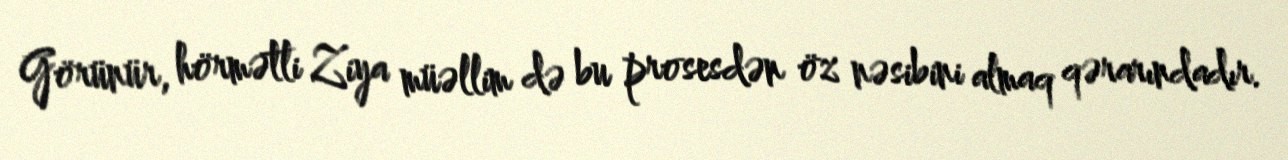
Görünür, hörmətli Ziya müəllim də bu prosesdən öz nəsibini almaq qərarındadır.